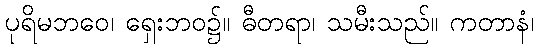
ပုရိမဘဝေ၊ ရှေးဘဝ၌။ ဓီတရာ၊ သမီးသည်။ ကတာနံ၊